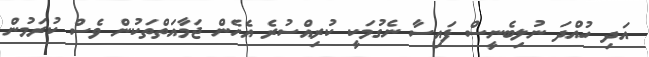
އަދި ހުއްދަ ނުލިބެނީސް ފައިސާ ނެގުމަކީ ކުރިއްސުރެ އެހެން ޖަމާއަތްތަކުން ވެސް ކުރަމުން